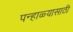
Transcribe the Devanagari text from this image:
पन्हाळ्यासाठी